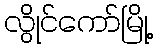
လွိုင်ကော်မြို့